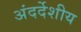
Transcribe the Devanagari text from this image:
अंदर्देशीय